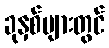
ခုနှစ်များတွင်